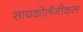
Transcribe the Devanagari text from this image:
सायकोलॅजीकल